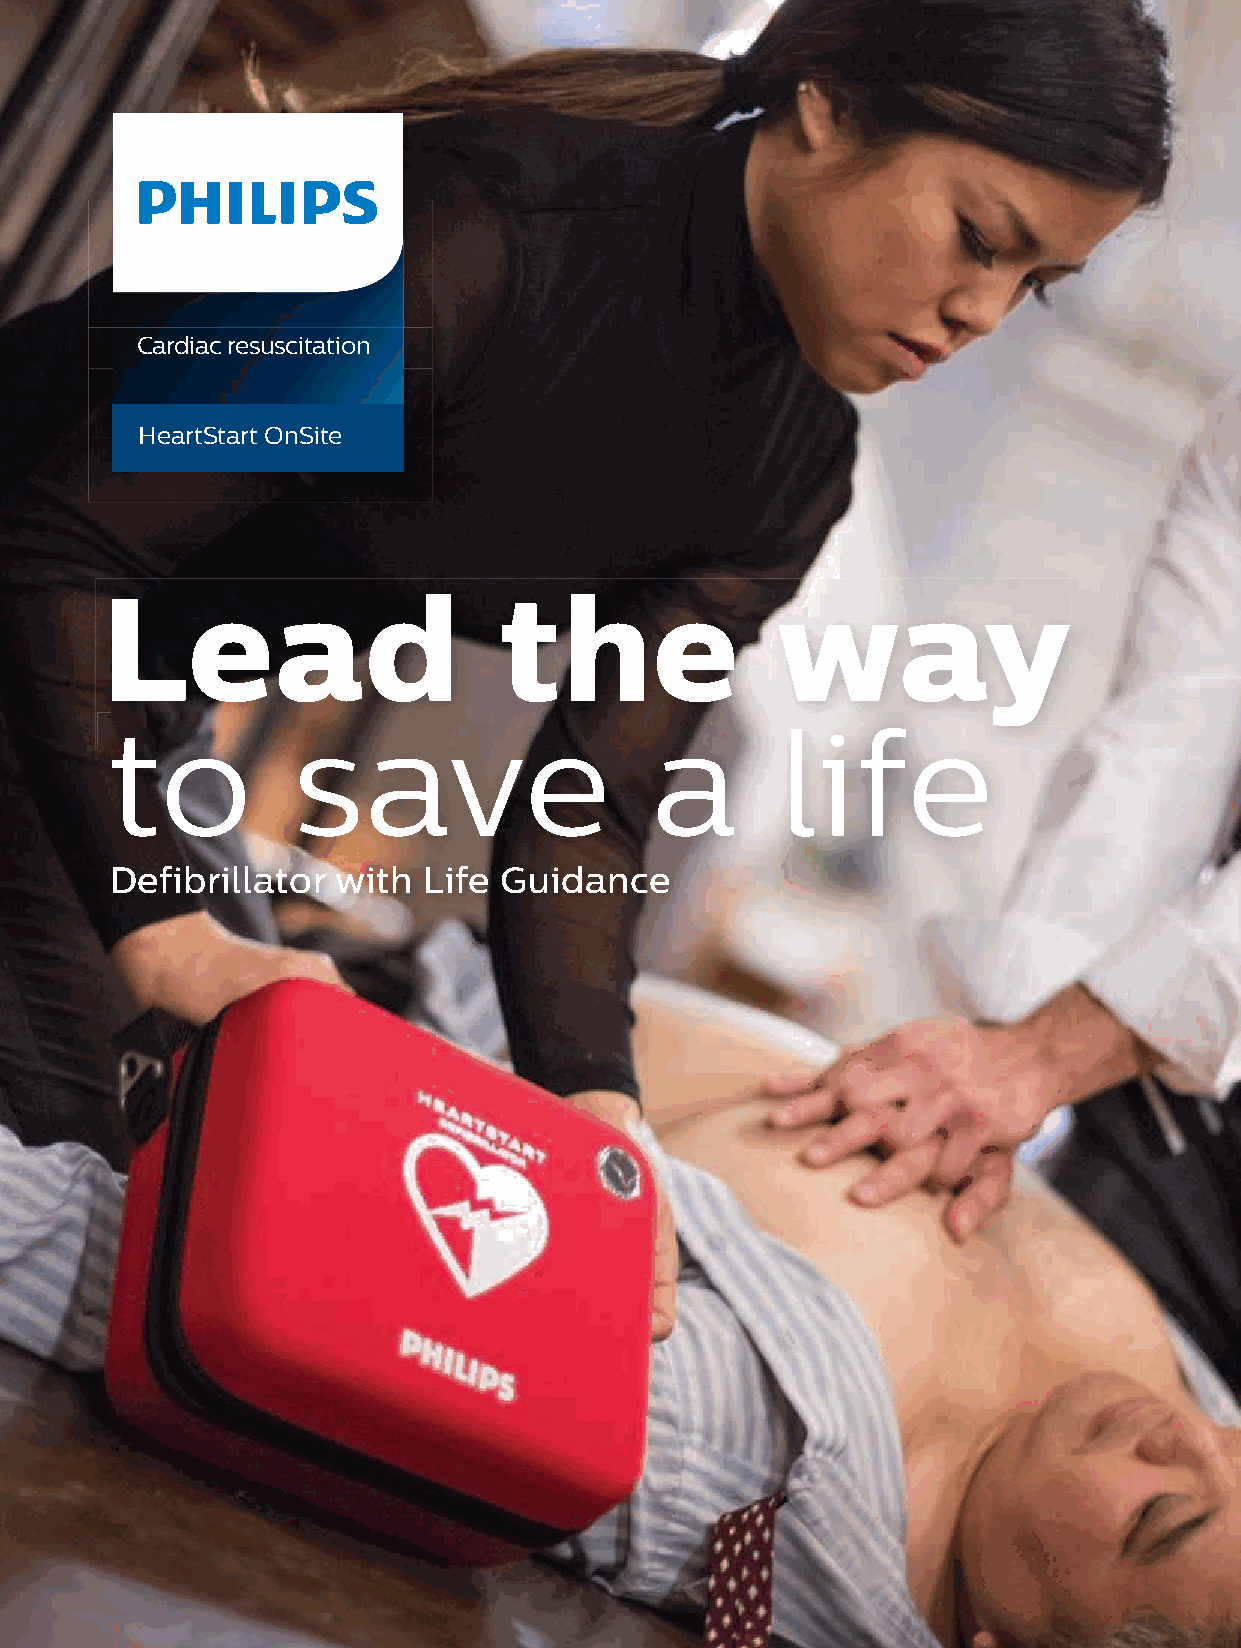
Cardiac resuscitation
 HeartStart OnSite
 LLeeaadd                  tthhee            wwaayy
 to           save                   a        life
 Defibrillator  with  Life Guidance